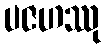
ပဇဟဿု